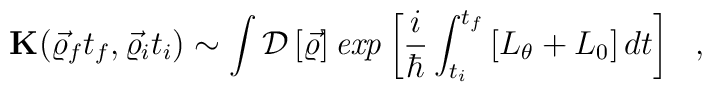
{\bf K}(\vec\varrho_f t_f,\vec\varrho_i t_i)         \sim\int{\cal D}\left[\vec\varrho\right]        {\it exp} \left[\frac{i}{\hbar}\int_{t_i}^{t_f}                  \left[L_{\theta}+L_0\right]dt\right]~~,